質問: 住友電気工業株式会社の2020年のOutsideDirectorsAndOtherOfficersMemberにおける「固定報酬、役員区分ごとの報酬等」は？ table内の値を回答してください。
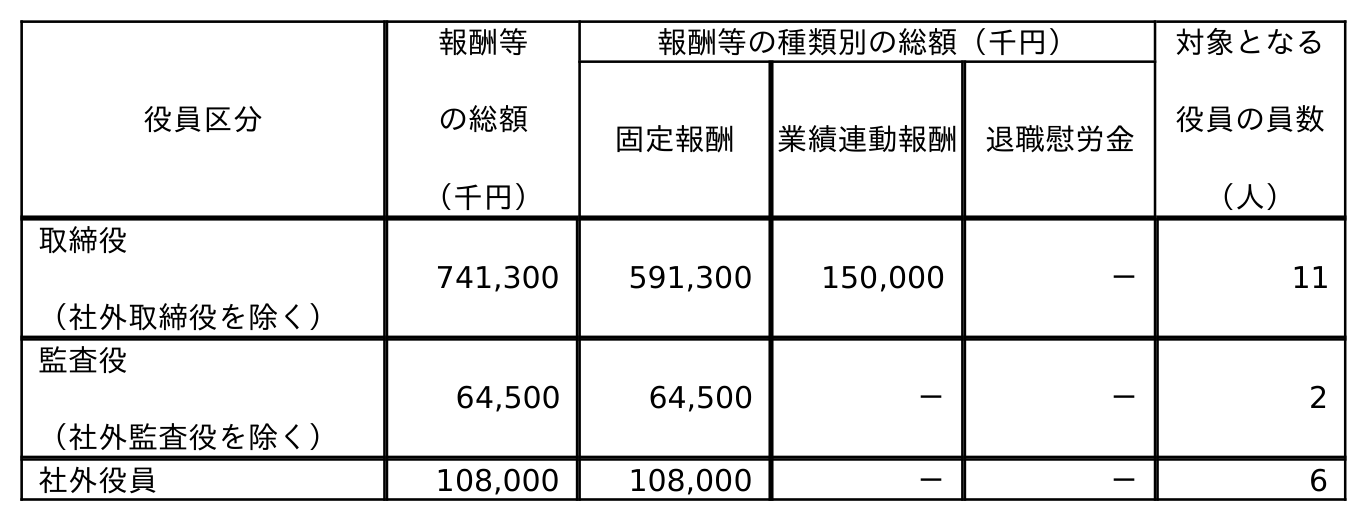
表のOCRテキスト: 役員区分 報酬等 の総額 （千円） 報酬等の種類別の総額（千円） 対象となる 役員の員数 （人） 固定報酬 業績連動報酬 退職慰労金 取締役 （社外取締役を除く） 741,300 591,300 150,000 － 11 監査役 （社外監査役を除く） 64,500 64,500 － － 2 社外役員 108,000 108,000 － － 6
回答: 108,000